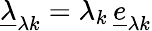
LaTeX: \underline{{\lambda}}_{\lambda k}=\lambda_{k}\, \underline{{e}}_{\lambda k}